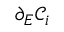
\partial _ { E } \mathcal { C } _ { i }